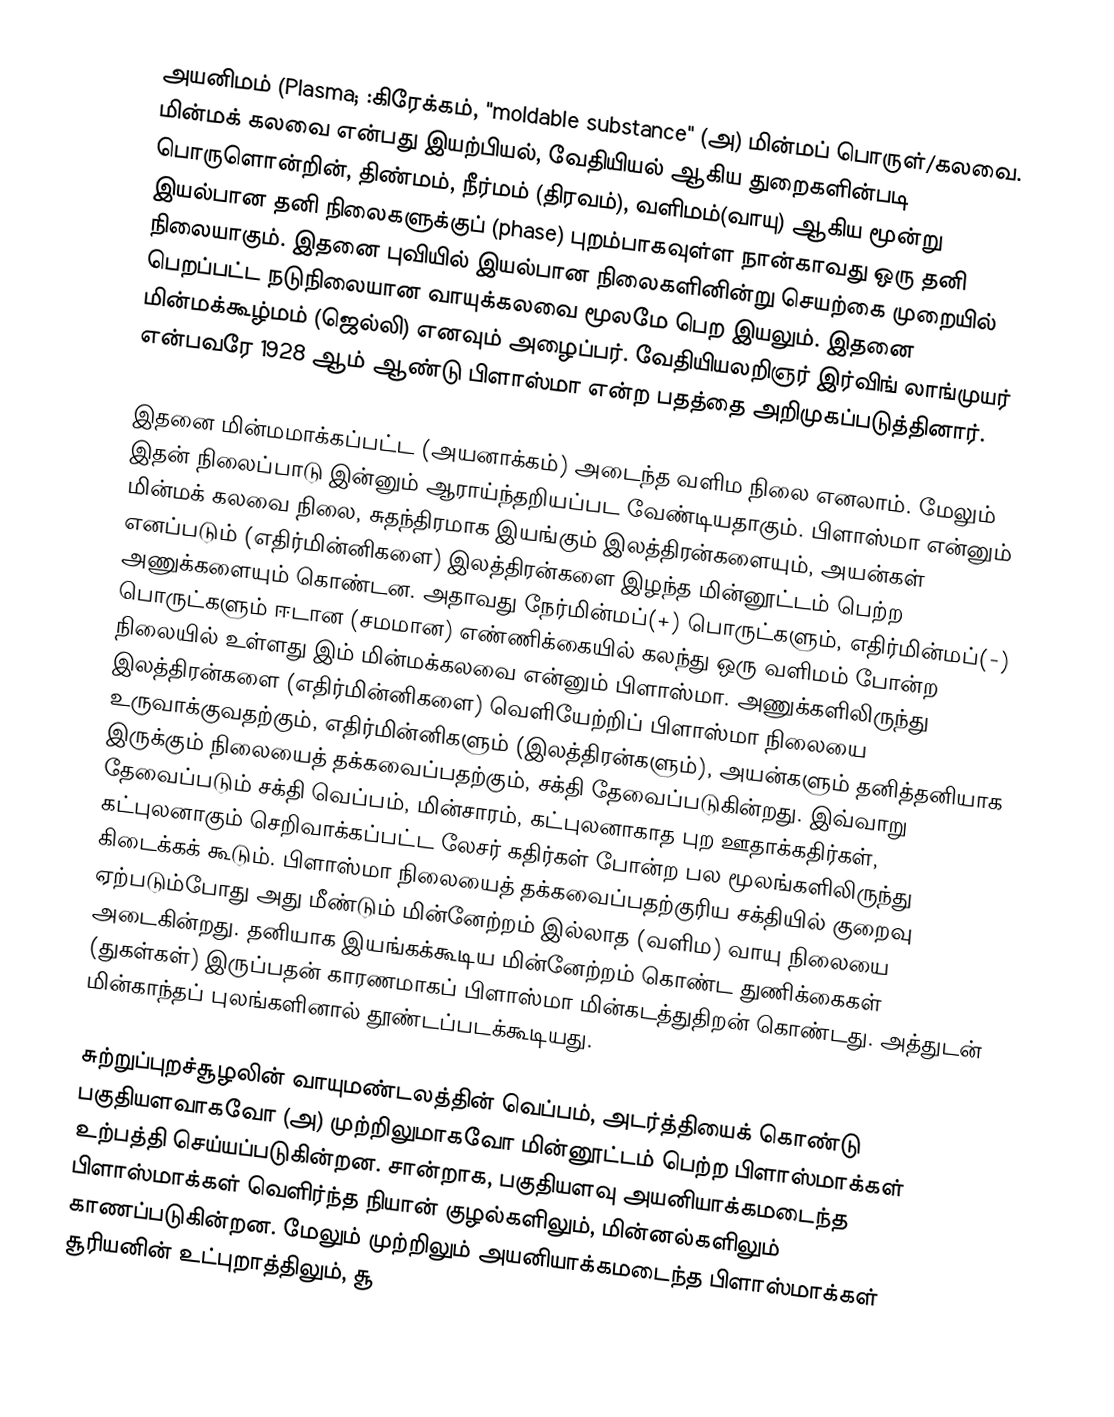
அயனிமம் (Plasma; :கிரேக்கம், "moldable substance" (அ) மின்மப் பொருள்/கலவை. மின்மக் கலவை என்பது இயற்பியல், வேதியியல் ஆகிய துறைகளின்படி பொருளொன்றின், திண்மம், நீர்மம் (திரவம்), வளிமம்(வாயு) ஆகிய மூன்று இயல்பான தனி நிலைகளுக்குப் (phase) புறம்பாகவுள்ள நான்காவது ஒரு தனி நிலையாகும். இதனை புவியில் இயல்பான நிலைகளினின்று செயற்கை முறையில் பெறப்பட்ட நடுநிலையான வாயுக்கலவை மூலமே பெற இயலும். இதனை மின்மக்கூழ்மம் (ஜெல்லி) எனவும் அழைப்பர்.  வேதியியலறிஞர் இர்விங் லாங்முயர் என்பவரே 1928 ஆம் ஆண்டு பிளாஸ்மா என்ற பதத்தை அறிமுகப்படுத்தினார்.

இதனை மின்மமாக்கப்பட்ட (அயனாக்கம்) அடைந்த வளிம நிலை எனலாம். மேலும் இதன் நிலைப்பாடு இன்னும் ஆராய்ந்தறியப்பட வேண்டியதாகும். பிளாஸ்மா என்னும் மின்மக் கலவை நிலை, சுதந்திரமாக இயங்கும் இலத்திரன்களையும், அயன்கள் எனப்படும் (எதிர்மின்னிகளை) இலத்திரன்களை இழந்த மின்னூட்டம் பெற்ற அணுக்களையும் கொண்டன. அதாவது நேர்மின்மப்(+) பொருட்களும், எதிர்மின்மப்(-) பொருட்களும் ஈடான (சமமான) எண்ணிக்கையில் கலந்து ஒரு வளிமம் போன்ற நிலையில் உள்ளது இம் மின்மக்கலவை என்னும் பிளாஸ்மா. அணுக்களிலிருந்து இலத்திரன்களை (எதிர்மின்னிகளை) வெளியேற்றிப் பிளாஸ்மா நிலையை உருவாக்குவதற்கும், எதிர்மின்னிகளும் (இலத்திரன்களும்), அயன்களும் தனித்தனியாக இருக்கும் நிலையைத் தக்கவைப்பதற்கும், சக்தி தேவைப்படுகின்றது. இவ்வாறு தேவைப்படும் சக்தி வெப்பம், மின்சாரம், கட்புலனாகாத புற ஊதாக்கதிர்கள், கட்புலனாகும் செறிவாக்கப்பட்ட லேசர் கதிர்கள் போன்ற பல மூலங்களிலிருந்து கிடைக்கக் கூடும். பிளாஸ்மா நிலையைத் தக்கவைப்பதற்குரிய சக்தியில் குறைவு ஏற்படும்போது அது மீண்டும் மின்னேற்றம் இல்லாத (வளிம) வாயு நிலையை அடைகின்றது. தனியாக இயங்கக்கூடிய மின்னேற்றம் கொண்ட துணிக்கைகள் (துகள்கள்) இருப்பதன் காரணமாகப் பிளாஸ்மா மின்கடத்துதிறன் கொண்டது. அத்துடன் மின்காந்தப் புலங்களினால் தூண்டப்படக்கூடியது.

சுற்றுப்புறச்சூழலின் வாயுமண்டலத்தின் வெப்பம், அடர்த்தியைக் கொண்டு பகுதியளவாகவோ (அ) முற்றிலுமாகவோ மின்னூட்டம் பெற்ற பிளாஸ்மாக்கள் உற்பத்தி செய்யப்படுகின்றன. சான்றாக, பகுதியளவு அயனியாக்கமடைந்த பிளாஸ்மாக்கள் வெளிர்ந்த நியான் குழல்களிலும், மின்னல்களிலும் காணப்படுகின்றன. மேலும் முற்றிலும் அயனியாக்கமடைந்த பிளாஸ்மாக்கள் சூரியனின் உட்புறாத்திலும், சூ